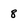
Character: 8